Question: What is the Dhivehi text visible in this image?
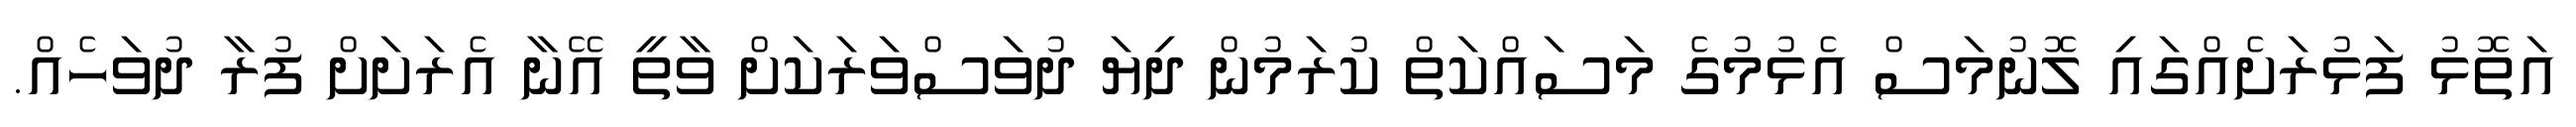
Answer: އަތޮޅު ފަޅުރަށެއްގައި ލޮނުމަސް އެޅުމުގެ މަސައްކަތް ކުރަމުން ދިޔަ ދުވަސްވަރަކަށް ވާތީ އޭނާ އެރަށަށް ފުރާ ދުވަހެއް.